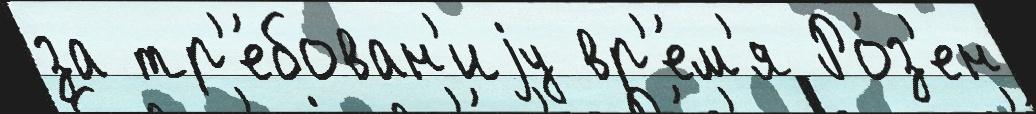
за тр'е́бован'иjу вр'е́м'я Ро́з'ен